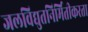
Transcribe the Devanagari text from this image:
जलविद्युतनिर्मितीकरता